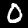
Digit: 0